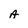
Character: A